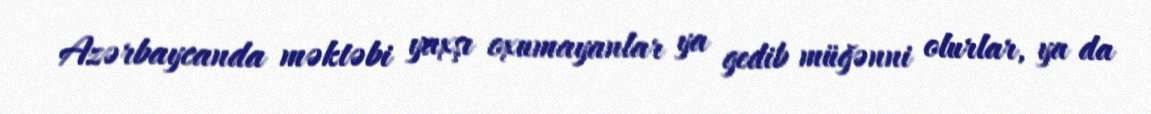
Azərbaycanda məktəbi yaxşı oxumayanlar ya gedib müğənni olurlar, ya da